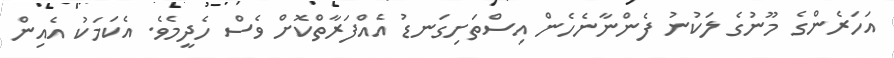
އަހަރެންގެ މޫނުގެ ލަކުނު ފެންނާނެހެން އިސްތަށިގަނޑު އެއްފަރާތްކޮށް ވެސް ހެދީމެވެ. އެކަމަކު އެއިން